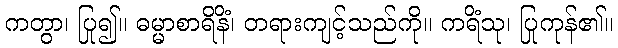
ကတွာ၊ ပြု၍။ ဓမ္မာစာရိနိံ၊ တရားကျင့်သည်ကို။ ကရိံသု၊ ပြုကုန်၏။